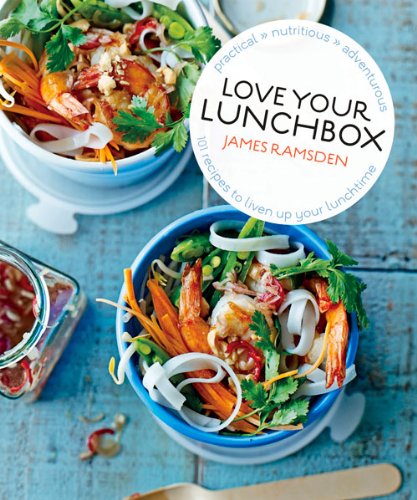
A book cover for Love Your Lunchbox: 101 Recipes to Liven up Lunchtime; James Ramsden; Cookbooks, Food & Wine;